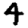
Digit: 4